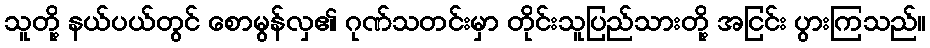
သူတို့ နယ်ပယ်တွင် စောမွန်လှ၏ ဂုဏ်သတင်းမှာ တိုင်းသူပြည်သားတို့ အငြင်း ပွားကြသည်။